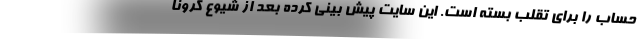
حساب را برای تقلب بسته است. این سایت پیش بینی کرده بعد از شیوع کرونا